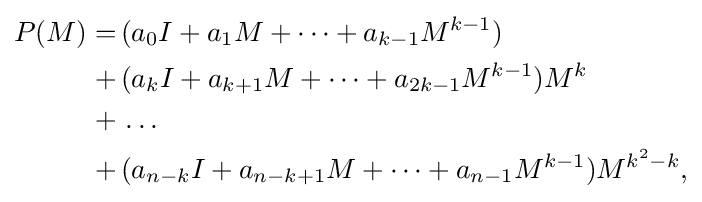
{\begin{aligned}P(M)=&\,(a_{0}I+a_{1}M+\dots +a_{k-1}M^{k-1})\\+&\,(a_{k}I+a_{k+1}M+\dots +a_{2k-1}M^{k-1})M^{k}\\+&\,\dots \\+&\,(a_{n-k}I+a_{n-k+1}M+\dots +a_{n-1}M^{k-1})M^{k^{2}-k},\end{aligned}}